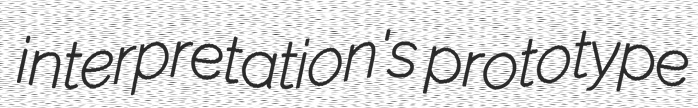
interpretation's prototype